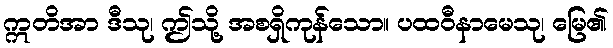
ဣတိအာ ဒီသု၊ ဤသို့ အစရှိကုန်သော။ ပထဝီနာမေသု၊ မြေ၏